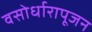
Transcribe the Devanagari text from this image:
वसोर्धारापूजन